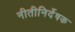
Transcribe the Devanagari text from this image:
नीतीनिर्देषक